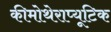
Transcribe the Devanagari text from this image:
कीमोथेराप्यूटिक